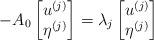
LaTeX: \begin{align*}-A_0 \begin{bmatrix}u^{(j)}\\ \eta^{(j)}\end{bmatrix}=\lambda_j\begin{bmatrix}u^{(j)}\\ \eta^{(j)}\end{bmatrix}\end{align*}